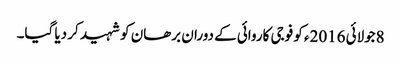
8جولائی 2016ء کو فوجی کاروائی کے دوران برھان کو شہید کر دیا گیا۔